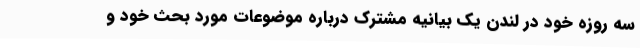
سه روزه خود در لندن یک بیانیه مشترک درباره موضوعات مورد بحث خود و